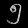
Digit: ၅